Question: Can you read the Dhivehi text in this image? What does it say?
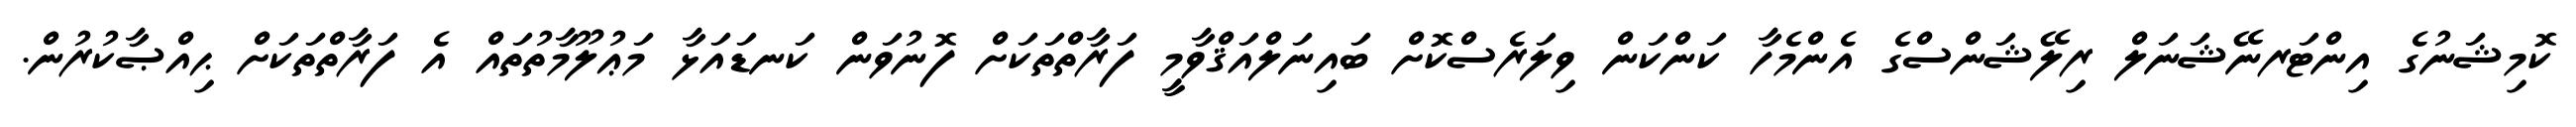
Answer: ކޮމިޝަނުގެ އިންޓަރނޭޝަނަލް ރިލޭޝަންސްގެ އެންމެހާ ކަންކަން ވިލަރެސްކޮށް ބައިނަލްއަޤްވާމީ ފަރާތްތަކަށް ފޮނުވަން ކަނޑައަޅާ މަޢުލޫމާތުތައް އެ ފަރާތްތަކަށް ޙިއްޞާކުރުން.